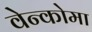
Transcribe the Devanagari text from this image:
वेन्कोमा